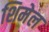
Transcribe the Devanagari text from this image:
शिमेल